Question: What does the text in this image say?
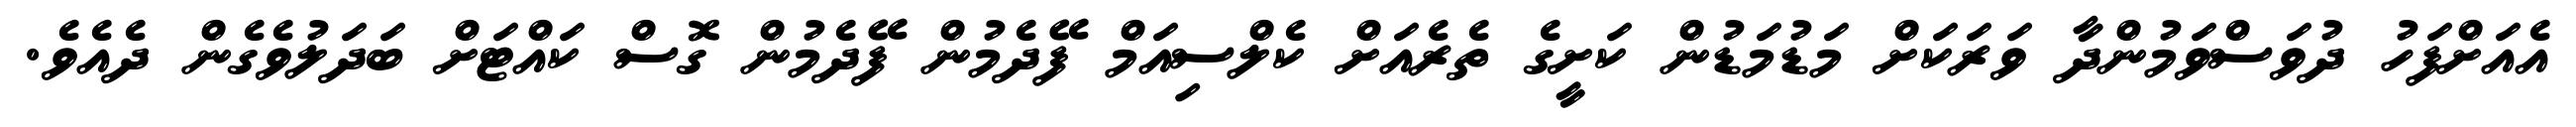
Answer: އެއަށްފަހު ދުވަސްވަމުންދާ ވަރަކަށް މަޑުމަޑުން ކަށީގެ ތެރެއަށް ކެލްސިއަމް ފޭދެމުން ފޭދެމުން ގޮސް ކައްޓަށް ބަދަލުވެގެން ދެއެވެ.